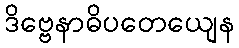
ဒိဗ္ဗေနာဓိပတေယျေန